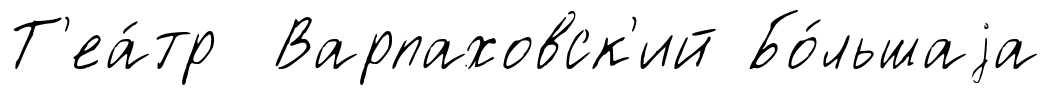
Т'еа́тр Варпаховск'ий Бо́льшаjа